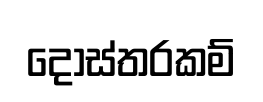
දොස්තරකම්